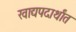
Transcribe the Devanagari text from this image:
खाद्यपदार्थांत